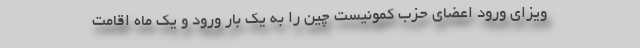
ویزای ورود اعضای حزب کمونیست چین را به یک بار ورود و یک ماه اقامت